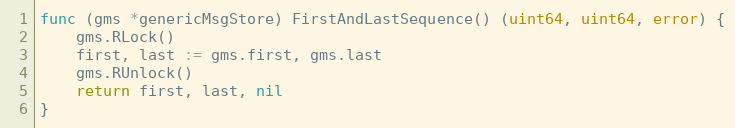
Language: Go
func (gms *genericMsgStore) FirstAndLastSequence() (uint64, uint64, error) {
	gms.RLock()
	first, last := gms.first, gms.last
	gms.RUnlock()
	return first, last, nil
}